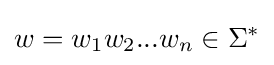
w=w_{1}w_{2}...w_{n}\in \Sigma ^{*}